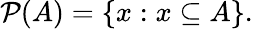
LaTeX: {\mathcal{P}}(A)=\{ x:x\subseteq A\} .